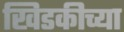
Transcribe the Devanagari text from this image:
खिडकीच्या